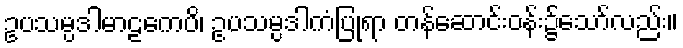
ဥပသမ္ပဒါမာဠကေပိ၊ ဥပသမ္ပဒါကံပြုရာ တန်ဆောင်းဝန်း၌သော်လည်း။